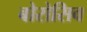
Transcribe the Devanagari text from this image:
बोरोसिव